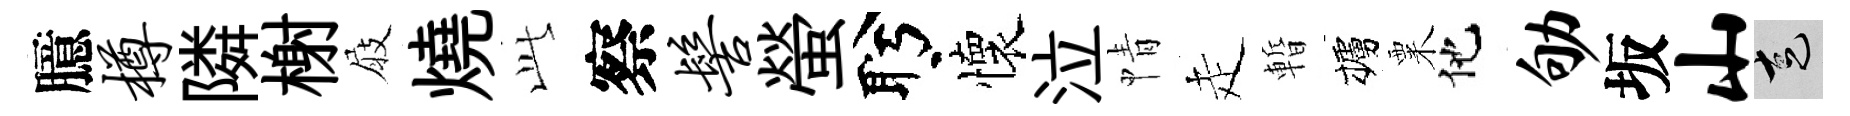
臆樽隣榭屐燒𬼘察髻螢盻懷泣情走暫櫨粟他劬坂山走